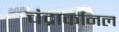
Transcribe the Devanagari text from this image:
चंद्रार्कानल